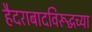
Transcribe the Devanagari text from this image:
हैदराबादविरूद्धच्या